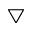
\bigtriangledown